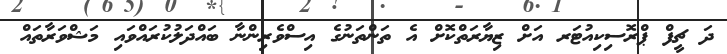
ދަ ޗީފް ޕްރޮސިކިއުޓަރ އަށް ޒިޔާރަތްކޮށް އެ ތަންތަނުގެ އިސްވެރިންނާ ބައްދަލުކުރައްވައި މަޝްވަރާތައް